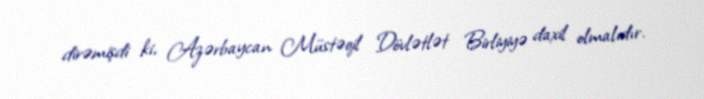
dirəmişdi ki, Azərbaycan Müstəqil Dövlətlət Birliyiyə daxil olmalıdır.